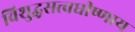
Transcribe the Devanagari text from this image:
विशुद्धसत्त्वधीष्णाय